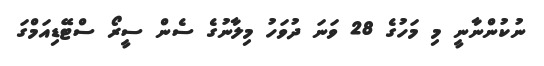
ނުކުންނާނީ މި މަހުގެ 28 ވަނަ ދުވަހު މިލާނުގެ ސެން ސީރޯ ސްޓޭޑިއަމްގަ